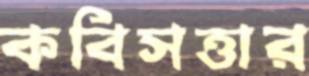
কবিসত্তার